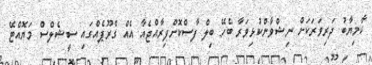
ކާމިޔާބު ދަރިވަރަކަށް ނިޝްވާންކުޅިވަރާ ބެހޭ ބިލް ފާސްކޮށްފިރާއްޖެއާ އެއް ގްރޫޕެއްގައި ސީޝެލްސް މަޔޮއްޓޭ